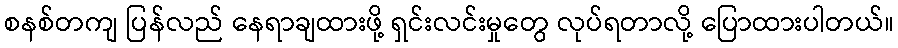
စနစ်တကျ ပြန်လည် နေရာချထားဖို့ ရှင်းလင်းမှုတွေ လုပ်ရတာလို့ ပြောထားပါတယ်။